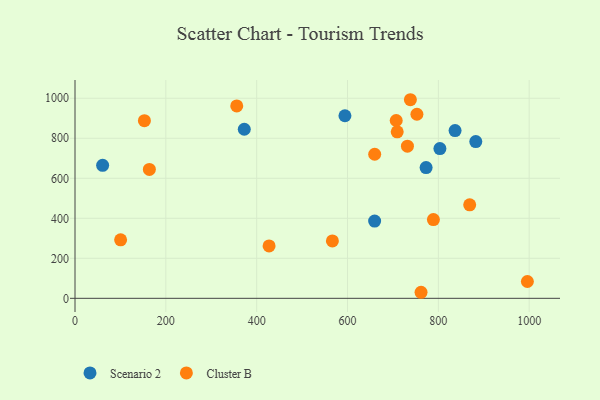
{"axis": {"x": "Speed", "y": "Demand"}, "legend": ["Cluster B", "Scenario 2"], "data": [{"x": "60.8", "y": 664.8, "type": "Scenario 2"}, {"x": "372.7", "y": 845.2, "type": "Scenario 2"}, {"x": "594.3", "y": 912.6, "type": "Scenario 2"}, {"x": "659.7", "y": 386.3, "type": "Scenario 2"}, {"x": "803.4", "y": 748.5, "type": "Scenario 2"}, {"x": "773.0", "y": 653.4, "type": "Scenario 2"}, {"x": "882.4", "y": 783.6, "type": "Scenario 2"}, {"x": "836.8", "y": 838.8, "type": "Scenario 2"}, {"x": "163.7", "y": 644.4, "type": "Cluster B"}, {"x": "152.8", "y": 888.1, "type": "Cluster B"}, {"x": "996.0", "y": 84.1, "type": "Cluster B"}, {"x": "738.4", "y": 992.8, "type": "Cluster B"}, {"x": "761.9", "y": 30.2, "type": "Cluster B"}, {"x": "709.4", "y": 832.3, "type": "Cluster B"}, {"x": "427.3", "y": 261.8, "type": "Cluster B"}, {"x": "752.8", "y": 920.2, "type": "Cluster B"}, {"x": "100.4", "y": 292.4, "type": "Cluster B"}, {"x": "789.1", "y": 393.6, "type": "Cluster B"}, {"x": "731.9", "y": 760.8, "type": "Cluster B"}, {"x": "356.1", "y": 961.9, "type": "Cluster B"}, {"x": "707.2", "y": 888.9, "type": "Cluster B"}, {"x": "659.8", "y": 720.1, "type": "Cluster B"}, {"x": "869.0", "y": 467.5, "type": "Cluster B"}, {"x": "566.7", "y": 286.9, "type": "Cluster B"}]}